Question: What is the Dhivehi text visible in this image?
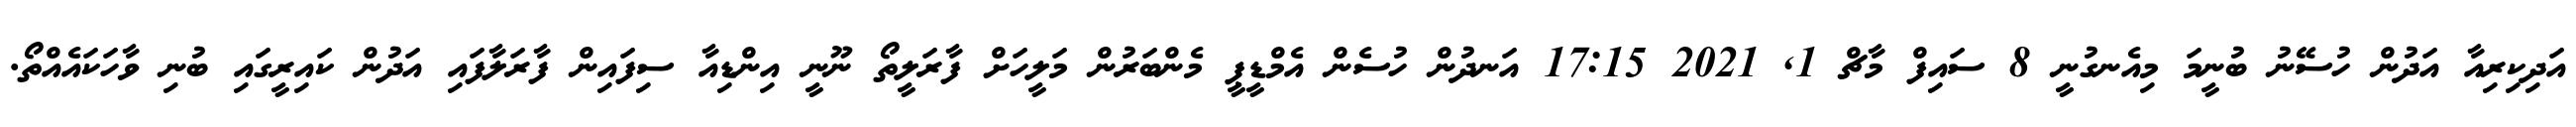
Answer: އަދިކިރިއާ އަދުން ހުސޭނު ބުނީމަ މިއެނގުނީ 8 ސައިފް މާޗް 1, 2021 17:15 އަނދުން ހުސެން އެމްޑީޕީ މެންބަރުން މަލީހަށް ފާރަލީތޯ ނޫނީ އިންޑިއާ ސިފައިން ފާރަލާފައި އަދުން ކައިރީގައި ބުނި ވާހަކައެއްތޯ.